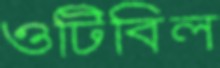
ওটিবিল